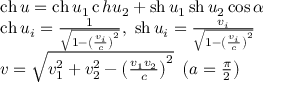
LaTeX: \begin{array} { l } { \operatorname { c h } { u } = \operatorname { c h } { u _ { 1 } } \operatorname { c } h { u _ { 2 } } + \operatorname { s h } { u _ { 1 } } \operatorname { s h } { u _ { 2 } } \cos \alpha } \\ { \operatorname { c h } { u _ { i } } = { \frac { 1 } { \sqrt { 1 - \left( { \frac { v _ { i } } { c } } \right) ^ { 2 } } } } , \ \operatorname { s h } { u _ { i } } = { \frac { v _ { i } } { \sqrt { 1 - \left( { \frac { v _ { i } } { c } } \right) ^ { 2 } } } } } \\ { v = { \sqrt { v _ { 1 } ^ { 2 } + v _ { 2 } ^ { 2 } - \left( { \frac { v _ { 1 } v _ { 2 } } { c } } \right) ^ { 2 } } } \ \left( a = { \frac { \pi } { 2 } } \right) } \end{array}